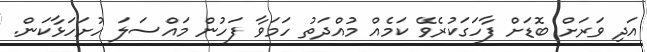
އަދި ވަރަށް ބޮޑަށް ފާހަގަކުރެވޭ ކަމެއް މުއްދަތު ހަމަވާ ފަހުން މައްސަލަ ހުށަހަޅާކަން.